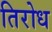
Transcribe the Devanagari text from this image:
तिरोध